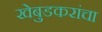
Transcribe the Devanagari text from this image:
खेबुडकरांचा